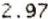
2.97